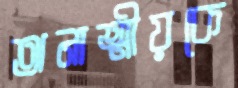
অনাত্মীয়কে